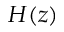
H ( z )